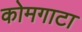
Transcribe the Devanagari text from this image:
कोमगाटा